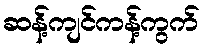
ဆန့်ကျင်ကန့်ကွက်